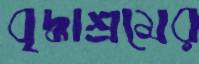
বৃদ্ধাশ্রমের